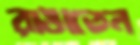
রাঙাতেন